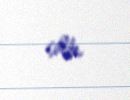
saldı.